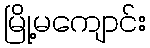
မြို့မကျောင်း